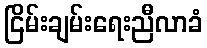
ငြိမ်းချမ်းရေးညီလာခံ